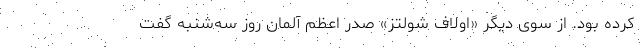
کرده بود. از سوی دیگر «اولاف شولتز» صدر اعظم آلمان روز سه‌شنبه گفت